Bréfritari: Jónatan Þorláksson
Viðtakandi: Jón Borgfirðings Jónsson
Dagsetning: A-1865-10-14
Skrifað á: Þórðarstöðum  S-Þing.

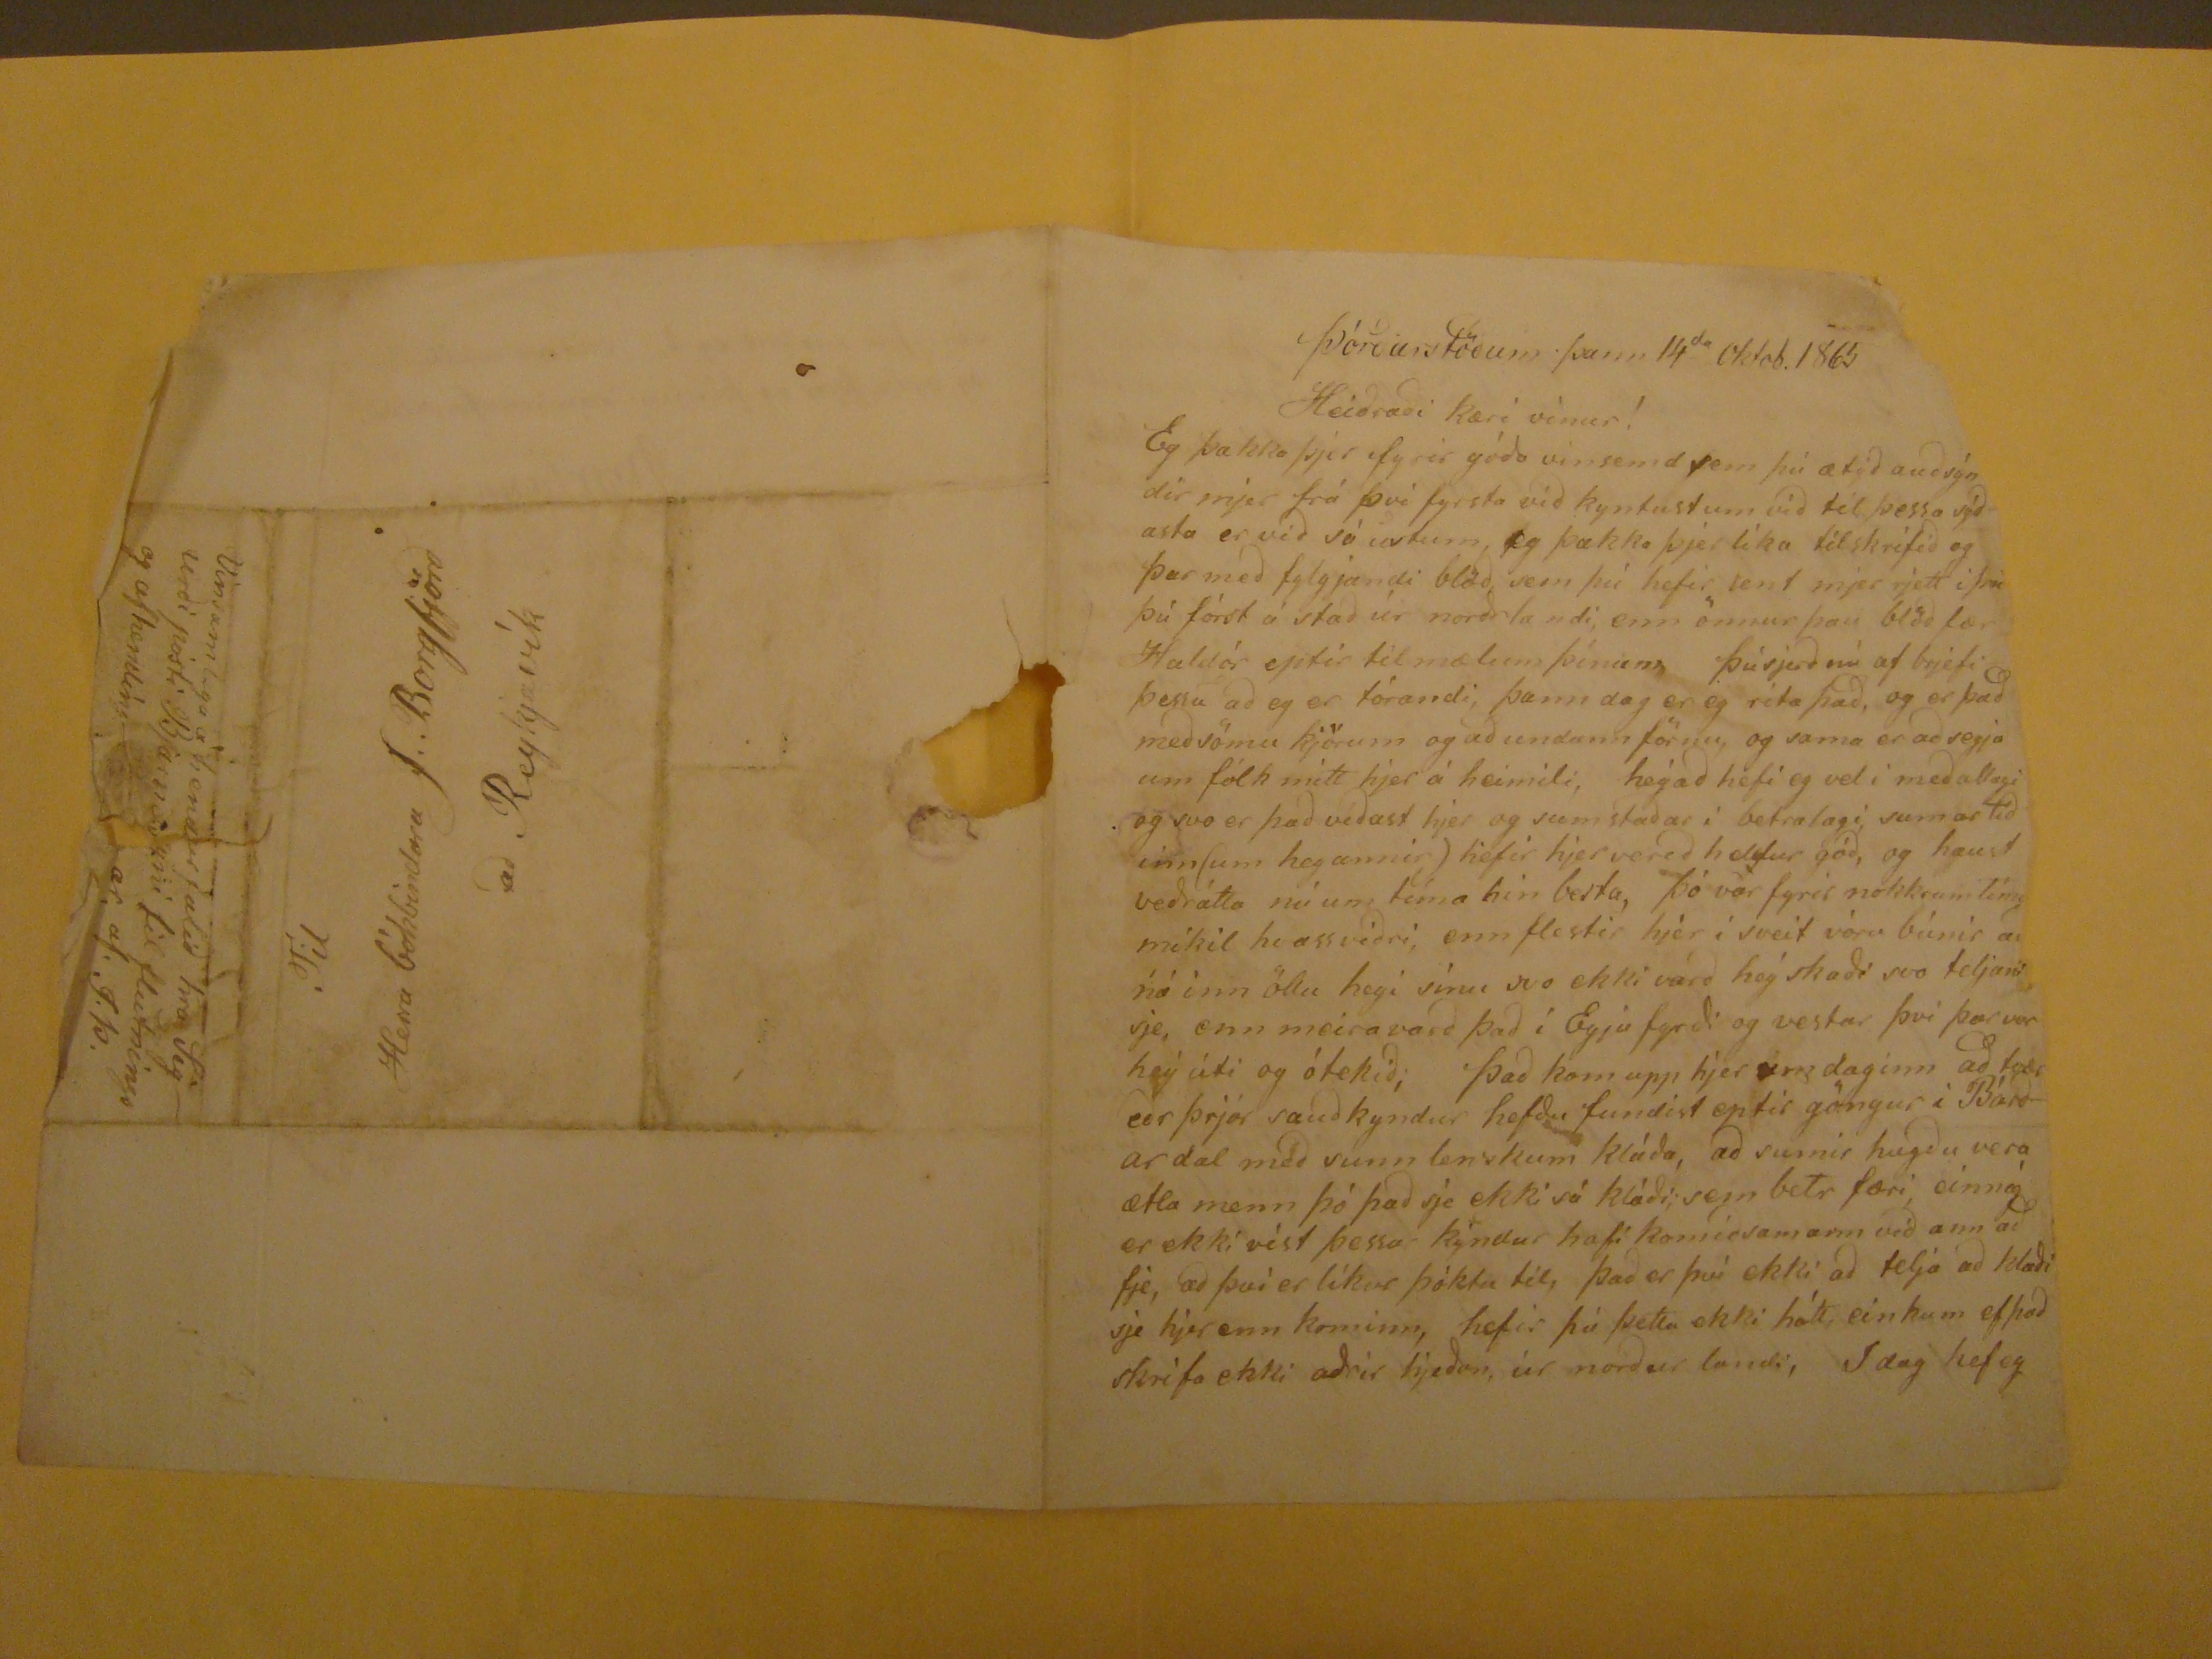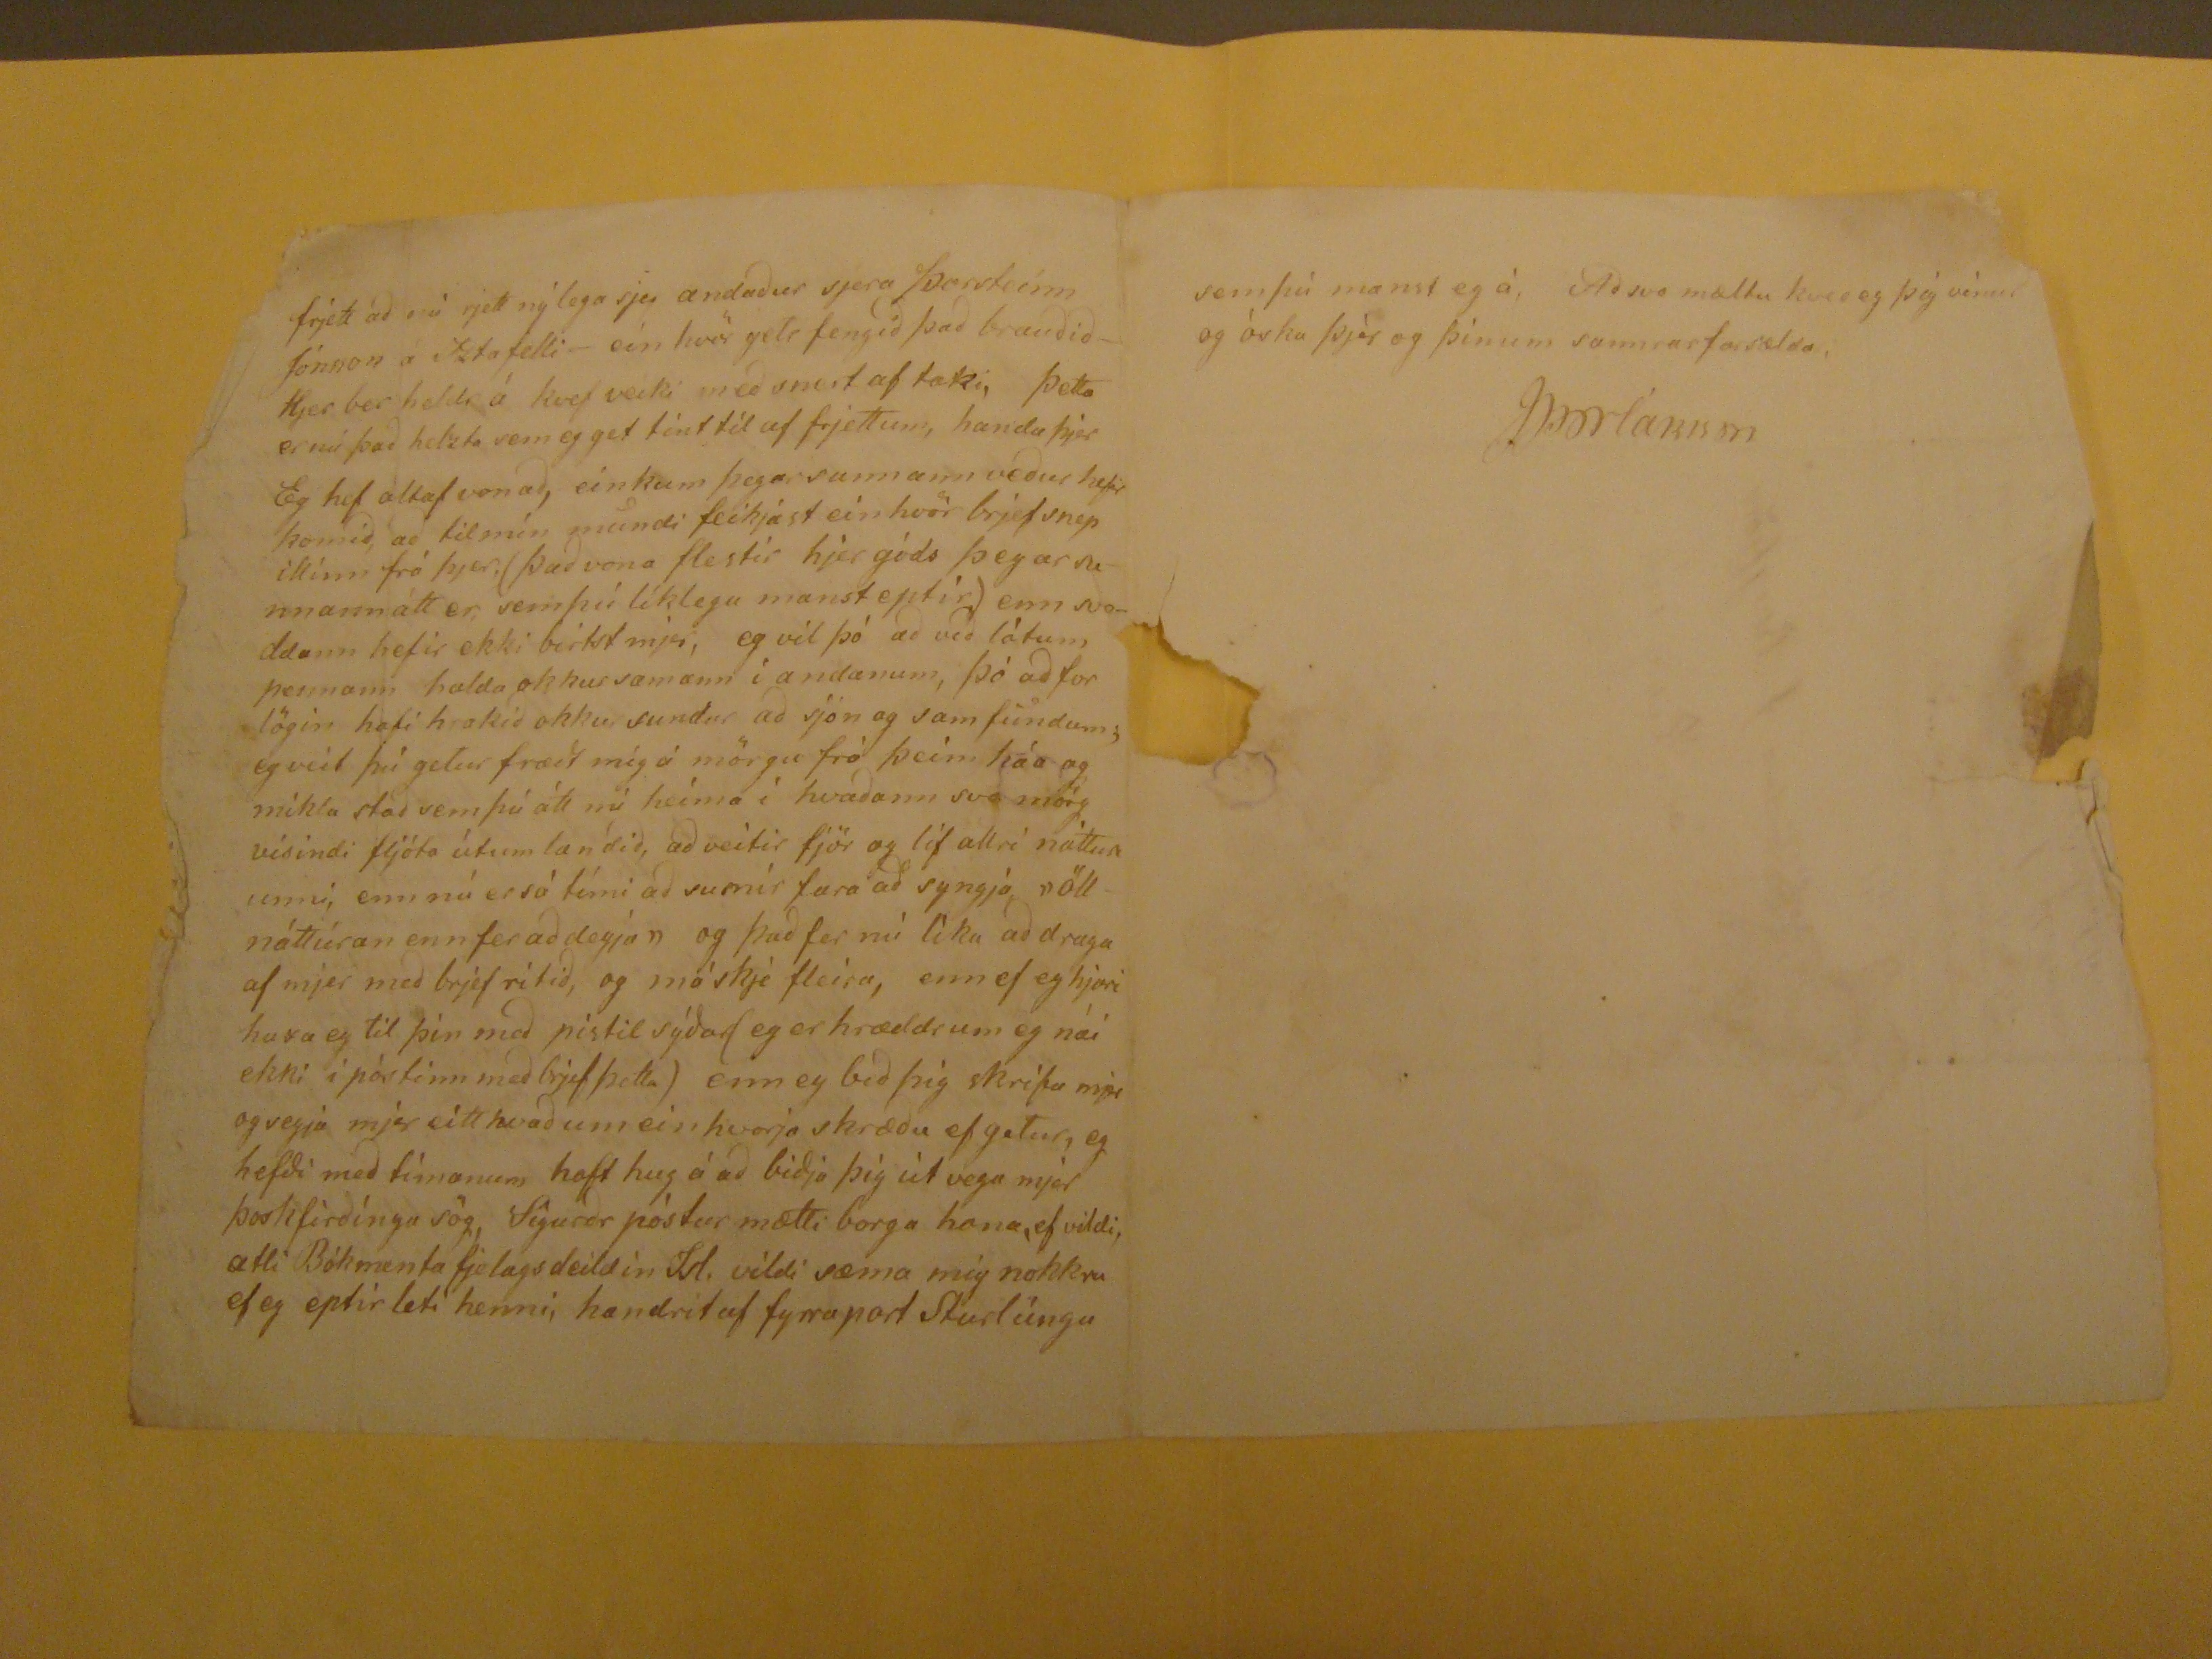

Þórðarstöðum þann 14
da
oktob. 1865
Heiðraði kæri vinur!
Eg þakka þjer fyrir góða vinsemd sem þú ætið auðsýndir mjer frá því fyrsta við kyntustum við til þessa sýðasta er við sá ustum, eg þakka þjer líka til skrifið og þar með fylgjandi blöð sem þú hefir sent mjer rjett í því þú fórst á stað úr norð landi, enn önnur þau blöð fær Haldór eptir til mælum þínum, Þú sjerð nú af brjefi þessu að eg er tórandi, þann dag er eg rita það, og er það með sömu kjörum og að undann förnu, og sama er að segja um fólk mitt hjer á heimili, heyað hefi eg vel í meðallagi og svo er það víðast hjer og sum staðar í betralagi, sumartíðinn/um heyannir) hefir hjer verið heldur góð, og haust veðrátta nú um tíma hin besta, þó var fyrir nokkrum tíma mikl hvassviðri, enn flestir hjer í sveit vóru búnir að ná inn öllu heyi sínu svo ekki varð hey skaði svo teljandi sje, enn meira varð það í Eyju fyrði og vestar því þar var heý úti og ótekið, Það kom upp hjer um daginn að tvær eða þrjár sauðkyndur hefðu fundist eptir göngur í Bárðardal með sunnlenskum kláða, að sumir hugðu vera ætla menn þó það sje ekki sá kláði; sem betr færi einnig er ekki víst þessar kýndur hafi komið samann við annað fje, að því er líkur þóktu til, það er því ekki að telja að klaði sje hjer enn kominn, hefir þú þetta ekki hátt, einkum ef það skrifa ekki aðrir hjeðan, úr norður landi, I dag hef eg
frjett að nú rjett nýlega sjei andaður sjera Þorsteinn Jónnon á Iztafelli - ein hvör getr fengið það brauðið - Hjer ber heldr á kvef veiki með snert af taki, þetta er nú það helzta sem eg get tínt til af frjettum, handa þjer Eg hef altaf vonað, einkum þegar sunnann veður hefir komið, að til mín mundi feikjast einhvör brjef snepikinn frá þjer,(það vona flestir hjer góds þegar sunnannátt er, sem þú líklega manst eptir) enn svoddann hefir ekki birtst mjer, eg vil þó að við látum pennann halda okkur samann í andanum, þó að forlögin hafi hrakið okkur sundur að sjón og samfundum; eg veit þú getur fræðt mig á mörgu frá þeim háa og mikla stað sem þú átt nú heima í hvaðann svo mörg vísindi fljóta útum landið, að veitir fjör og líf allri nátturunni, enn nú er sá tími að sumir fara að syngja "öll náttúran enn fer að deyja" og það fer nú líka að draga af mjer með brjefi rítið, og máskje fleira, enn ef eg hjari huxa eg til þín með pistil sýðar(eg er hræddr um eg nái ekki í póstinn með brjef þetta) enn ey bið þig skrifa mjer og segja mjer eitthvað um einhvorja skræðu ef getur, eg hefdi með tímanum haft hug á að biðja þig útvega mjer Þoskfir´ðingu sög, Sigurðr póstur mætti borga hana, ef vildi, ætli Bókmenta fjelagsdeildin Isl. vildi sæma mig nkkra ef eg eptir leti henni, handrit af fyrra port Sturlúngu
sem þú manst eg á, Að svo mæltu kveð eg þig vinur og óska þjer og þínum sannrarfarsælda,
JÞorláksson
Til
Herra bókbindara J. Borgfjörð
að Reykjavík
Vinsamlega á hendur falið hra Sigurði pósti Bjarnasyni til flutnings og afhending
ar,
af, J.Þ.